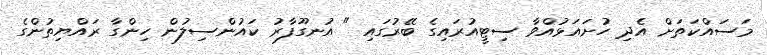
މަސައްކަތަށް އެދި ހުށައަޅުއްވާ ސިޓީއުރައިގެ ބޭރުގައި " އުނގޫފާރު ކައުންސިލުން ހިންގާ ރައްޔިތުންގެ